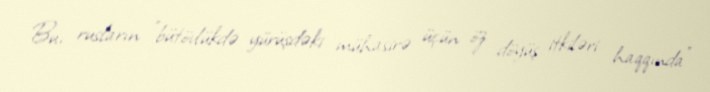
Bu, rusların "bütövlükdə yürüşdəki mühasirə üçün öz döyüş itkiləri haqqında"